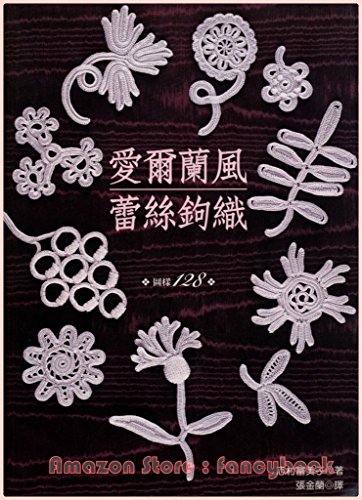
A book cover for Irish Crochet Lace 128 Motif - Out-of-Print Japanese Craft Book (Traditional Chinese Edtiion); Fumiko Shimura; Crafts, Hobbies & Home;